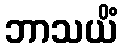
ဘာသယိံ